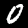
Label: 0